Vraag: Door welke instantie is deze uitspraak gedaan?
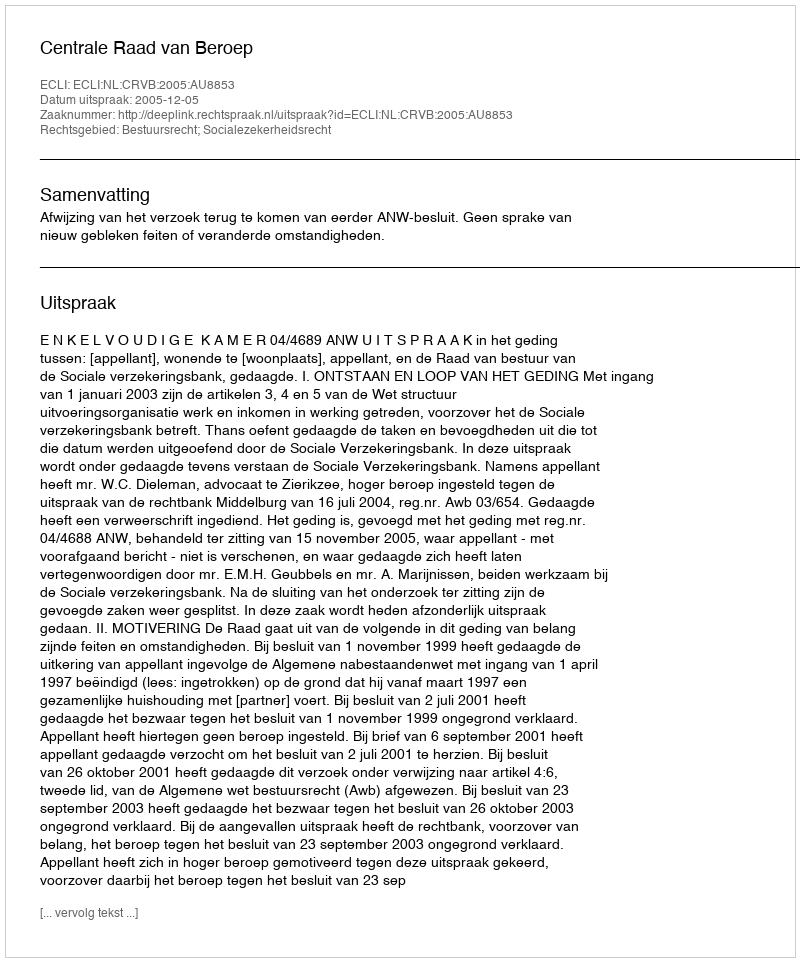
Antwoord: Centrale Raad van Beroep